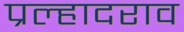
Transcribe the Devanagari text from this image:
प्रल्हादराव